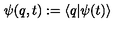
\psi ( q , t ) : = \left< q | \psi ( t ) \right>